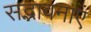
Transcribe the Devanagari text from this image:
सद्भावनाएं